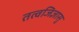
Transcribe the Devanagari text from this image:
तत्वजिज्ञासु